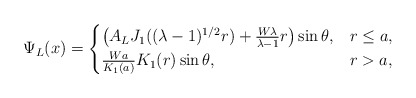
\begin{align*}\Psi _L(x)=\begin{cases}\left( A_LJ_1((\lambda -1)^{1/2}r)+\frac{W\lambda}{\lambda -1}r \right) \sin \theta , &r\le a,\\\frac{Wa}{K_1(a)}K_1(r)\sin \theta , &r>a,\\\end{cases}\end{align*}